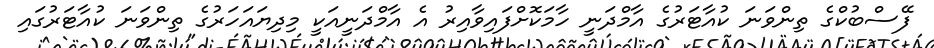
ފޭސްބުކްގެ ތިންވަނަ ކުއާޓަރުގެ އާމްދަނީ ހާމަކޮށްފައިވާއިރު އެ އާމްދަނީއަކީ މިދިޔައަހަރުގެ ތިންވަނަ ކުއާޓަރުގައި